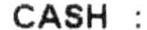
CASH :